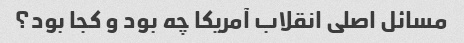
مسائل اصلی انقلاب آمریکا چه بود و کجا بود؟